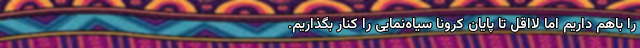
را باهم داریم اما لااقل تا پایان کرونا سیاه‌نمایی را کنار بگذاریم.